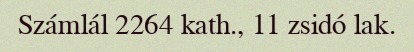
Számlál 2264 kath., 11 zsidó lak.